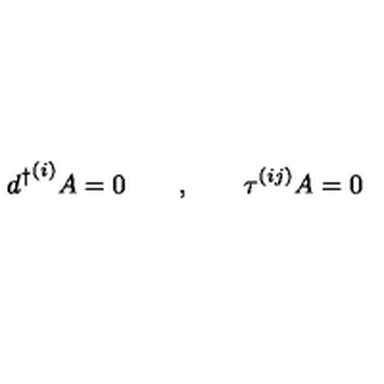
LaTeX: { d ^ { \dagger } } ^ { ( i ) } A = 0 \quad \quad , \quad \quad \tau ^ { ( i j ) } A = 0